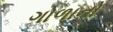
ગોળાનો